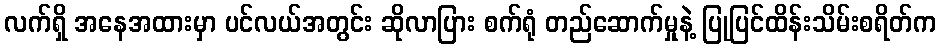
လက်ရှိ အနေအထားမှာ ပင်လယ်အတွင်း ဆိုလာပြား စက်ရုံ တည်ဆောက်မှုနဲ့ ပြုပြင်ထိန်းသိမ်းစရိတ်က